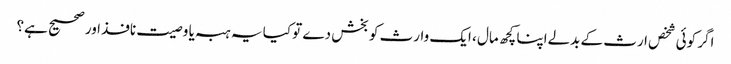
اگر کوئی شخص ارث کے بدلےاپنا کچھ مال ، ایک وارث کو بخش دے تو کیا یہ ہبہ یا وصیت نافذ اور صحیح ہے؟